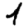
Digit: 1